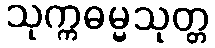
သုက္ကဓမ္မသုတ္တ